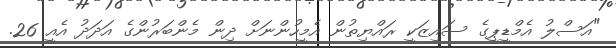
"އަސްލު އެމްޑީޕީގެ ސައިޒަކީ ރައްޔިތުން އެމީހުންނަށް ދިން މެންބަރުންގެ އަދަދު އެއީ 26.